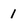
Character: 1